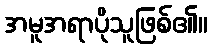
အမူအရာပိုသူဖြစ်၏။